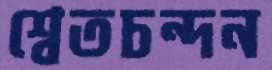
শ্বেতচন্দন